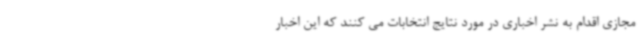
مجازی اقدام به نشر اخباری در مورد نتایج انتخابات می کنند که این اخبار